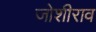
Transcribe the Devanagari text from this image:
जोशीराव